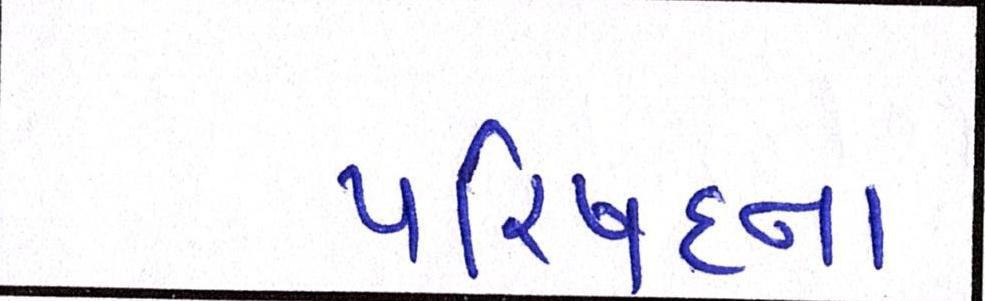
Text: પરિષદના